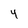
Character: 4